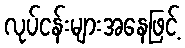
လုပ်ငန်းများအနေဖြင့်